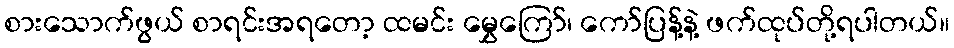
စားသောက်ဖွယ် စာရင်းအရတော့ ထမင်း မွှေကြော်၊ ကော်ပြန့်နဲ့ ဖက်ထုပ်တို့ရပါတယ်။